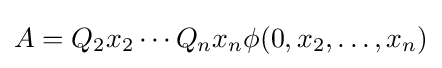
A=Q_{2}x_{2}\cdots Q_{n}x_{n}\phi (0,x_{2},\dots ,x_{n})